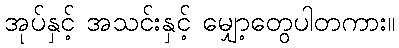
အုပ်နှင့် အသင်းနှင့် မျှော့တွေပါတကား။